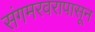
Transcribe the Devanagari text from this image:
संगमरवरापासून